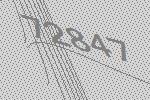
72847